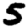
Digit: 5